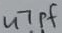
Text: 47pF